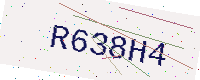
Text: R638H4